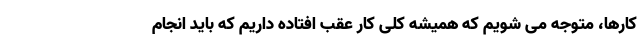
کارها، متوجه می شویم که همیشه کلی کار عقب افتاده داریم که باید انجام